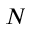
N